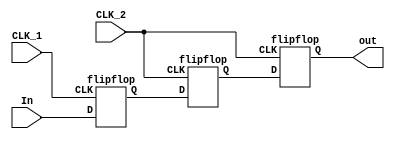
module DFF_SYNCHRONIZER (

	input 	In,
	input 	CLK_1,
	input	CLK_2,
	output 	out

);

wire q1;
wire q2;

flipflop F1 (In,CLK_1,q1);
flipflop F2 (q1, CLK_2, q2);
flipflop F3 (q2,CLK_2,out);
endmodule 

module flipflop(

	input D,
	input CLK,
	output reg Q

);

	always@(posedge CLK)
	begin
		Q <= D;
	end
	
endmodule